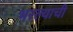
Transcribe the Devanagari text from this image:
भरल्याची